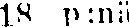
18 p:nä